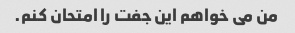
من می خواهم این جفت را امتحان کنم.